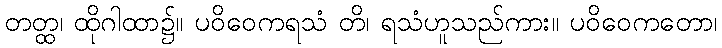
တတ္ထ၊ ထိုဂါထာ၌။ ပဝိဝေကရသံ တိ၊ ရသံဟူသည်ကား။ ပဝိဝေကတော၊